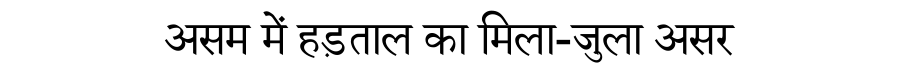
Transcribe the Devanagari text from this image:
असम में हड़ताल का मिला-जुला असर